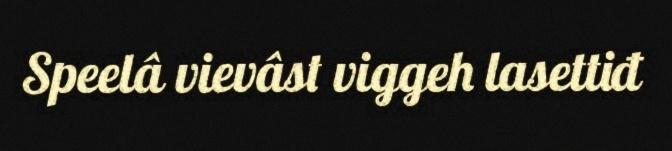
Speelâ vievâst viggeh lasettiđ